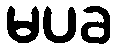
မပခ